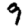
Digit: 9